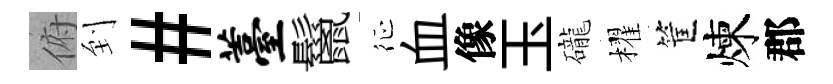
俯到#薹鬣征血像玉礲櫂筐煉郡